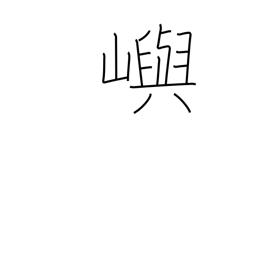
Meaning: island